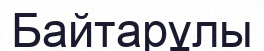
Байтарұлы